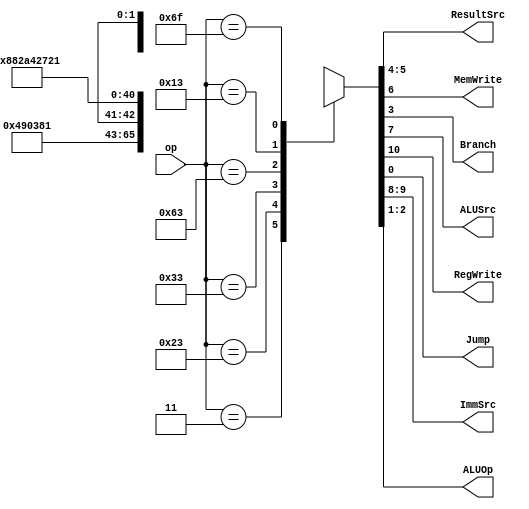
module maindec (
	input  [6:0] op,
	output [1:0] ResultSrc,
	output       MemWrite,
	output       Branch,
	output       ALUSrc,
	output       RegWrite,
	output       Jump,
	output [1:0] ImmSrc,
	output [1:0] ALUOp
);

	reg [10:0] controls = 0;//debug
	assign {RegWrite, ImmSrc, ALUSrc, MemWrite, ResultSrc, Branch, ALUOp, Jump} = controls;
	always @(*)
		case (op)
			7'b0000011: controls = 11'b10010010000;
			7'b0100011: controls = 11'b00111000000;
			7'b0110011: controls = 11'b1xx00000100;
			7'b1100011: controls = 11'b01000001010;
			7'b0010011: controls = 11'b10010000100;
			7'b1101111: controls = 11'b11100100001;
			default: controls = 11'bxxxxxxxxxxx;
		endcase
endmodule